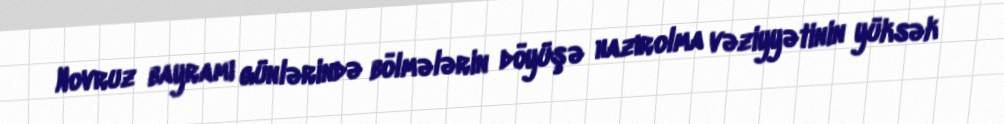
Novruz bayramı günlərində bölmələrin döyüşə hazırolma vəziyyətinin yüksək